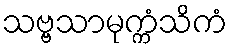
သဗ္ဗသာမုက္ကံသိကံ